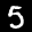
Label: 5